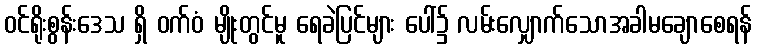
ဝင်ရိုးစွန်းဒေသ ရှိ ဝက်ဝံ မျိုးတွင်မူ ရေခဲပြင်များ ပေါ်၌ လမ်းလျှောက်သောအခါမချောစေရန်